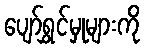
ပျော်ရွှင်မှုများကို